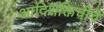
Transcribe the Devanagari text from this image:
आदिशक्तिचीचे